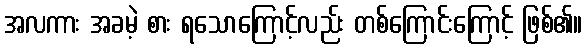
အလကား အခမဲ့ စား ရသောကြောင့်လည်း တစ်ကြောင်းကြောင့် ဖြစ်၏။